Elephants and their diseases
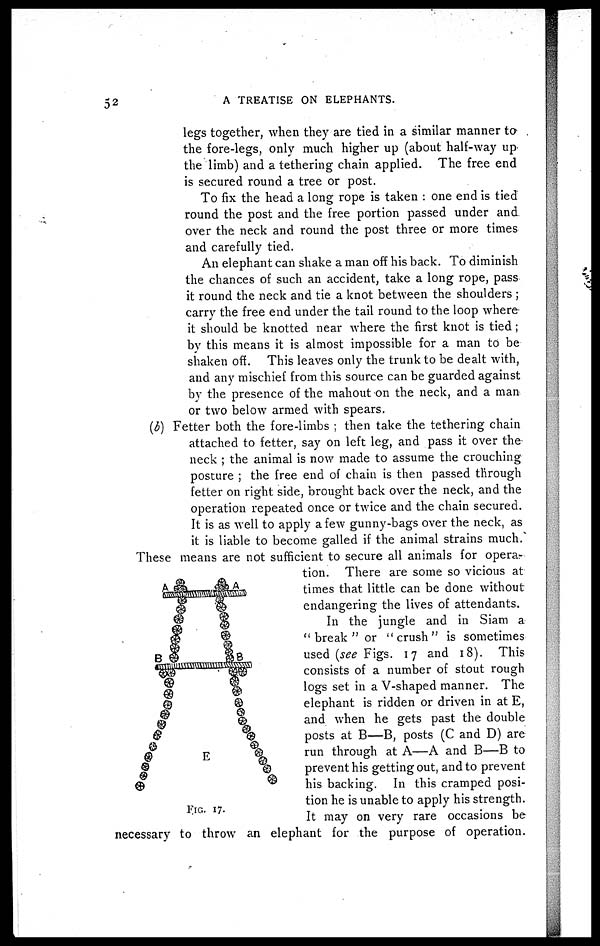
52
A TREATISE ON ELEPHANTS.
legs together, when they are tied in a similar manner to
the fore-legs, only much higher up (about half-way up
the limb) and a tethering chain applied. The free end
is secured round a tree or post.
To fix the head a long rope is taken : one end is tied
round the post and the free portion passed under and
over the neck and round the post three or more times
and carefully tied.
An elephant can shake a man off his back. To diminish
the chances of such an accident, take a long rope, pass
it round the neck and tie a knot between the shoulders ;
carry the free end under the tail round to the loop where
it should be knotted near where the first knot is tied ;
by this means it is almost impossible for a man to be
shaken off. This leaves only the trunk to be dealt with,
and any mischief from this source can be guarded against
by the presence of the mahout on the neck, and a man
or two below armed with spears.
(b) Fetter both the fore-limbs ; then take the tethering chain
attached to fetter, say on left leg, and pass it over the
neck ; the animal is now made to assume the crouching
posture ; the free end of chain is then passed through
fetter on right side, brought back over the neck, and the
operation repeated once or twice and the chain secured.
It is as well to apply a few gunny-bags over the neck, as
it is liable to become galled if the animal strains much.
These means are not sufficient to secure all animals for opera-
tion. There are some so vicious at
times that little can be done without
endangering the lives of attendants.
In the jungle and in Siam a
" break " or "crush" is sometimes
used (see Figs. 17 and 18). This
consists of a number of stout rough
logs set in a V-shaped manner. The
elephant is ridden or driven in at E,
and when he gets past the double
posts at B—B, posts (C and D) are
run through at A—A and B—B to
prevent his getting out, and to prevent
his backing. In this cramped posi-
tion he is unable to apply his strength.
It may on very rare occasions be
necessary to throw an elephant for the purpose of operation.
FIG. 17.